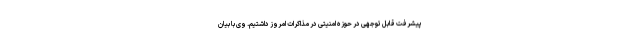
پیشرفت قابل توجهی در حوزه امنیتی در مذاکرات امروز داشتیم. وی با بیان